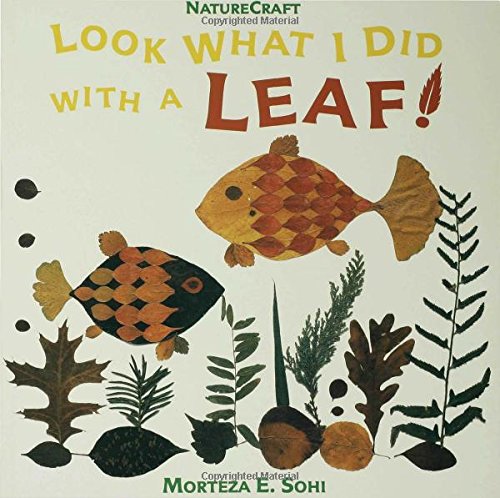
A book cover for Look What I Did with a Leaf! (Naturecraft); Morteza E. Sohi; Children's Books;